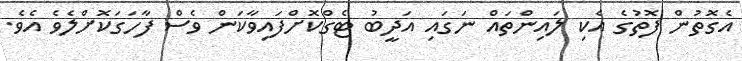
އެގޮތުން ފޮތުގެ އެކި ލައިންތައް ނަގައި އަދީބު ޓެގްކޮށްފައިވާކަން ވެސް ފާހަގަކޮށްލެވެ އެވެ.